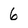
Character: 6